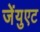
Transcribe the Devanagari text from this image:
जेंयुएट